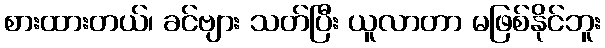
စားထားတယ်၊ ခင်ဗျား သတ်ပြီး ယူလာတာ မဖြစ်နိုင်ဘူး